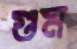
গুম